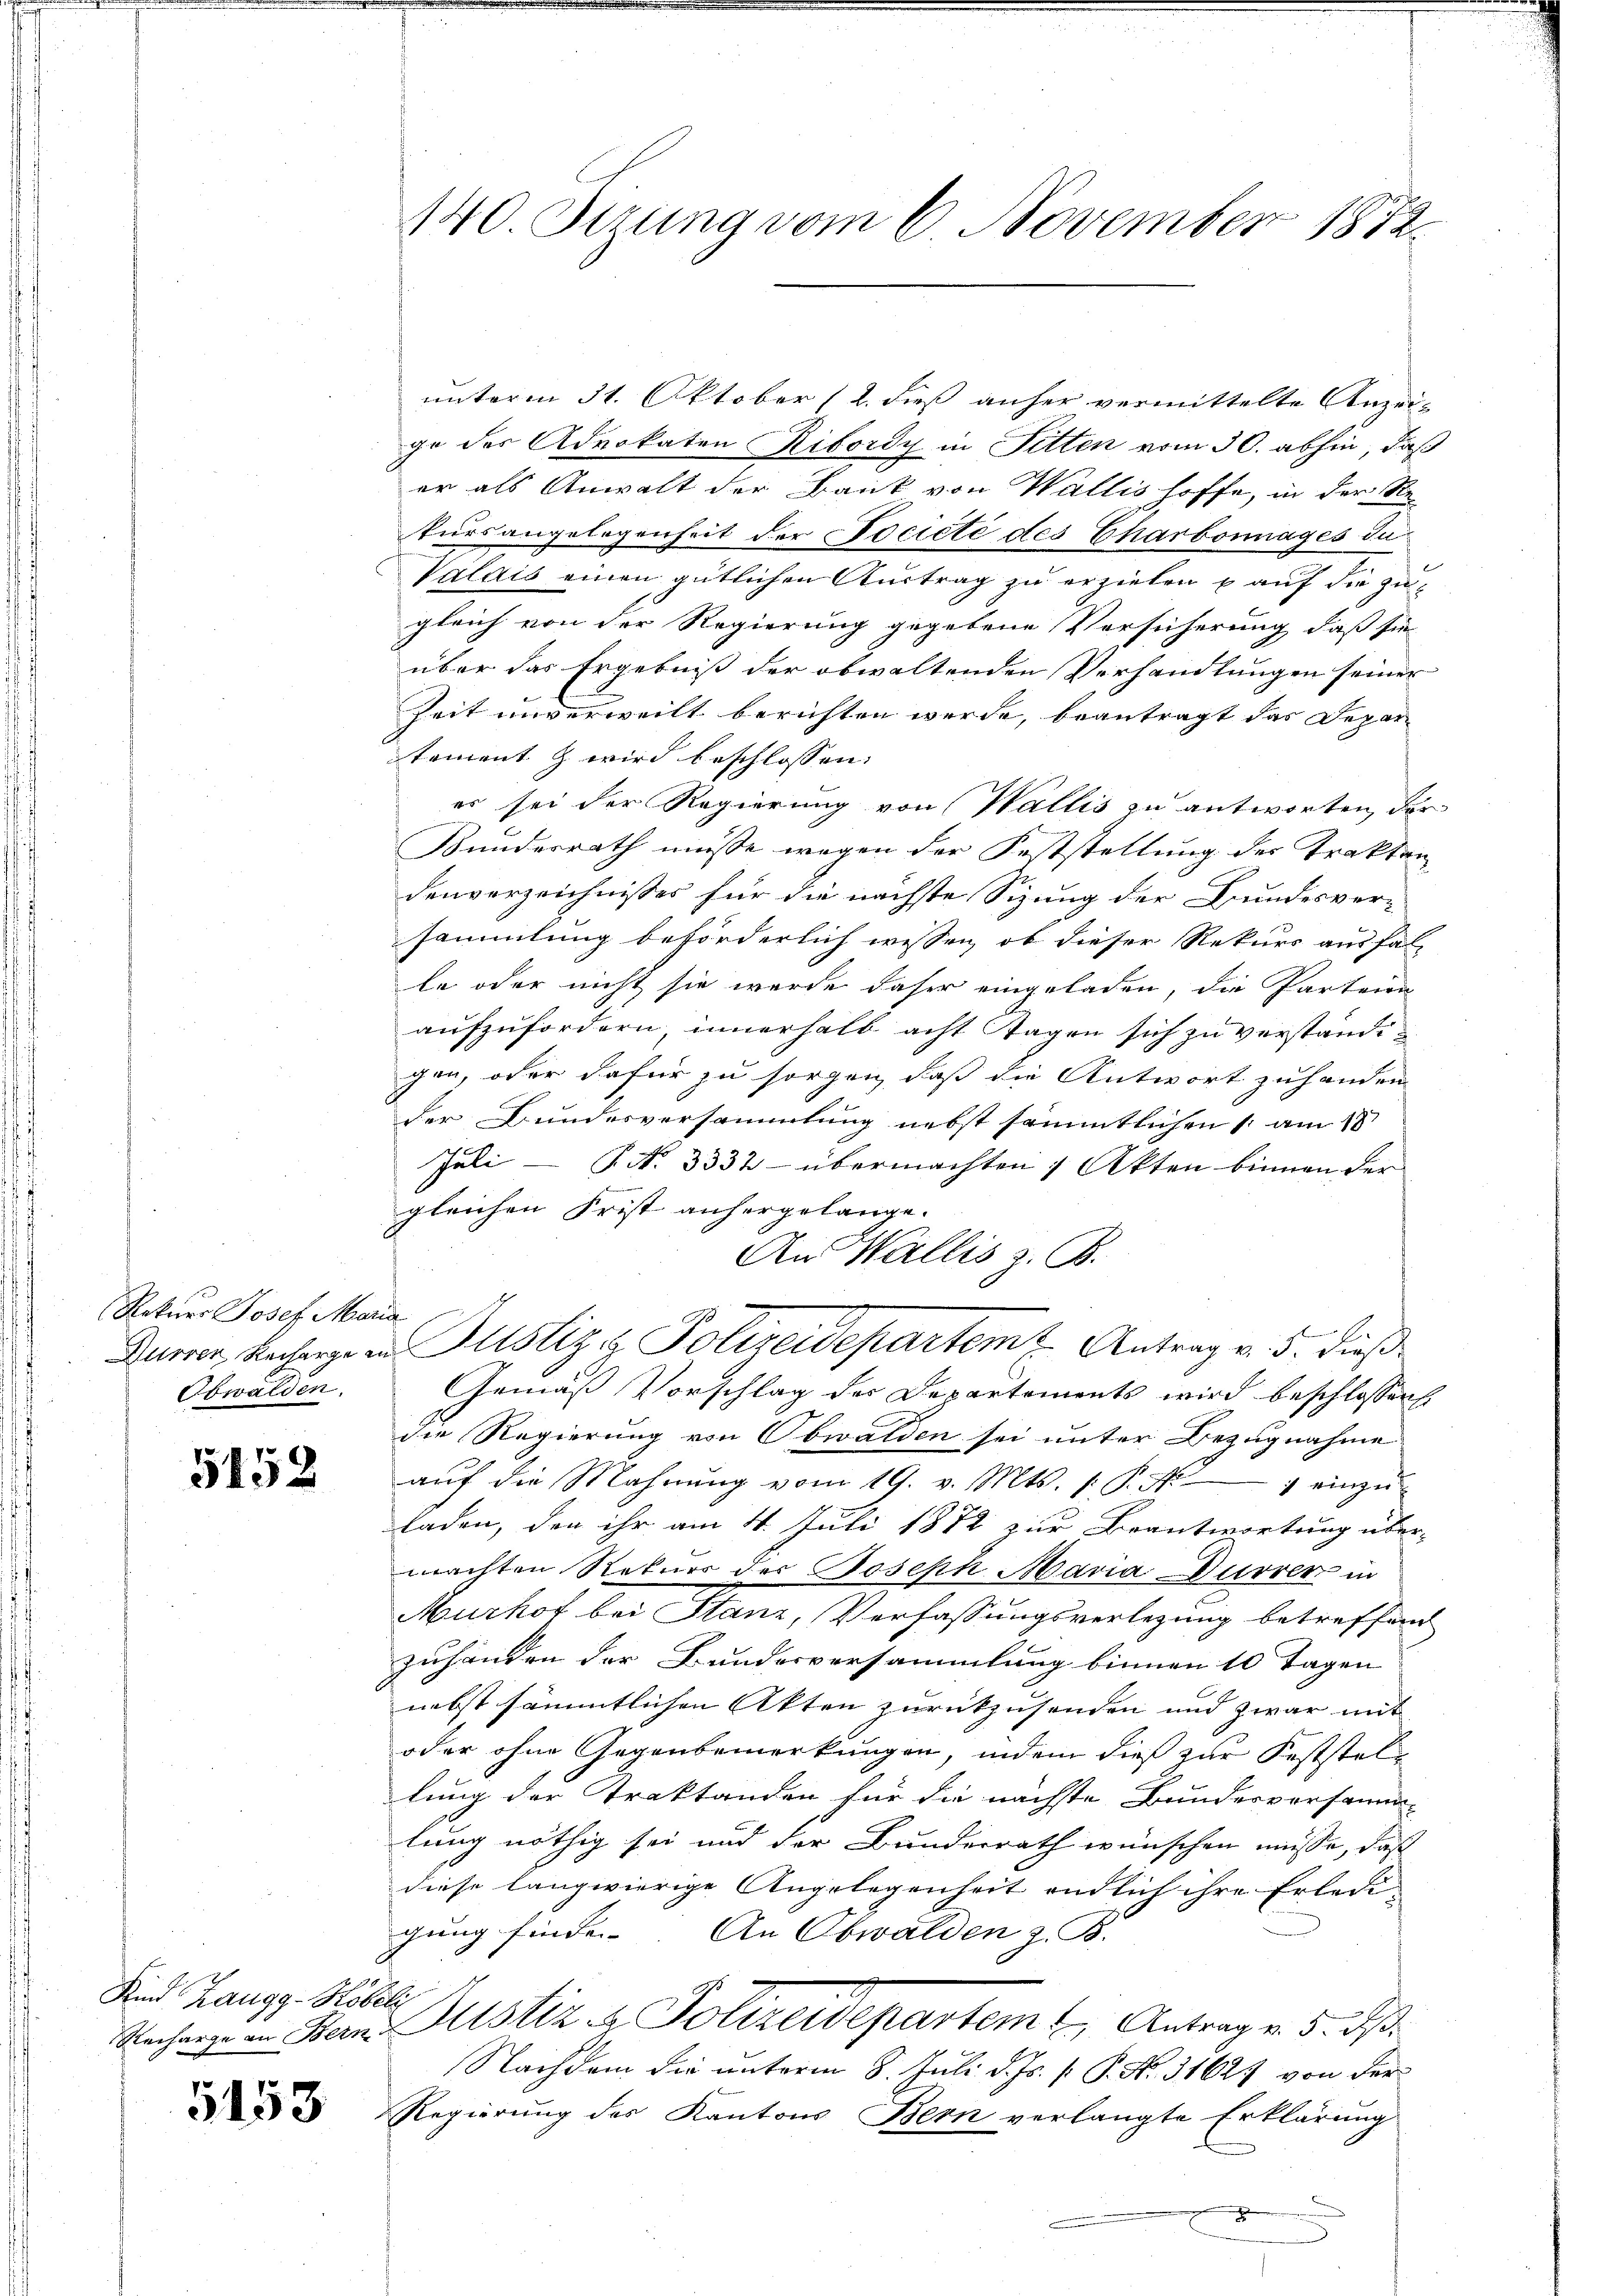
Rekurs Josef Maria
Obwalden.

5152

Kind Zaugg-Köbeli

5153

140. Sirung vom 6. November 1872.

unterm 31. Oktober (1. dieß anher vermittelte Anzeige der Advokaten Ribordy in Pitten vom 30. abhin, daß
er als Anwalt der Bank von Wallis hoffe, in der Retursangelegenheit der Pociété des Charbonnages du
Valais einen gütlichen Austrag zu erzielen u auf die zu-
gleich von der Regierung gegebene Versicherung daß sie
über das Ergebniß der obwaltenden Verhandlungen seiner
Zeit unverweilt berichten werde, beantragt das Depar
tament & wird beschlossen:
er sei der Regierung von Wallis zu antworten, der
Bundesrath müsse wegen der Feststellung der Traktan
denverzeichnisses für die nächste Sizung der Bundesver-
sammlung beförderlich wissen, ob dieser Rekurs ausfal-
le oder nicht sie wurde daher eingeladen, die Parteien
aufzufordern, innerhalb acht Tagen sich zu verständigen, oder dafür zu sorgen, daß die Antwort zuhanden
der Bundesversammlung nebst sämmtlichen am 18
Juli - 9. No 3332 - übermachten 1 Akten binnen der
gleichen Frist anhergelange.
An Wallis z. B.
Durrer, Recharge in Justiz, Polizeidepartem Antrag v. 5. dieß¬
Gemäß Vorschlag der Departements wird beschlossen.
die Regierung von Obwalden sei unter Bezugnahme
aŭf die Mahnŭng vom 19. v. Mts. 1. P. Nr. 7 einzŭ-
laden, den ihr am 4. Juli 1872 zur Beantwortung über-
machten Rekurs der Joseph Maria Dürrer in
Murhof bei Stanz, Verfassungsverlegung betreffend
zuhänden der Bundesversammlung binnen 10 Tagen
nebst sämmtlichen Akten zurückzusenden und zwar mit
oder ohne Gegenbemerkungen, indem dieß zur Feststellung der Traktanden für die nächste Bundesversammen
lung nöthig sei und der Bunderrath wünschen müsse, daß
diese langwierige Angelegenheit endlich ihre Erledigung finden. An Obwalden z. B.
Rechang an Bern Justiz - Polizeidepartem Antrag v. 5. dß.
Nachdem die unterm 8. Juli d. Js. [ P. Nr. 31627 von der
Regierung des Kantons Bern verlangte Erklärung
.